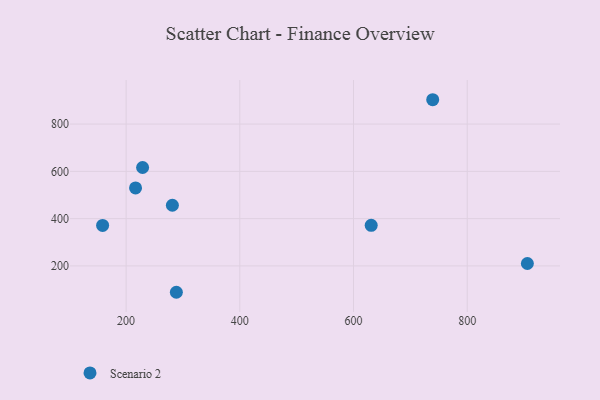
{"axis": {"x": "Investment", "y": "Yield"}, "legend": ["Scenario 2"], "data": [{"x": "905.8", "y": 210.2, "type": "Scenario 2"}, {"x": "229.0", "y": 616.3, "type": "Scenario 2"}, {"x": "739.3", "y": 903.0, "type": "Scenario 2"}, {"x": "216.6", "y": 529.8, "type": "Scenario 2"}, {"x": "288.4", "y": 88.5, "type": "Scenario 2"}, {"x": "281.4", "y": 456.7, "type": "Scenario 2"}, {"x": "631.1", "y": 371.9, "type": "Scenario 2"}, {"x": "158.7", "y": 371.4, "type": "Scenario 2"}]}